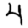
Digit: 4